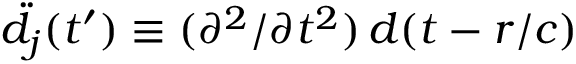
\ddot { d } _ { j } ( t ^ { \prime } ) \equiv ( \partial ^ { 2 } / \partial t ^ { 2 } ) \, d ( t - r / c )